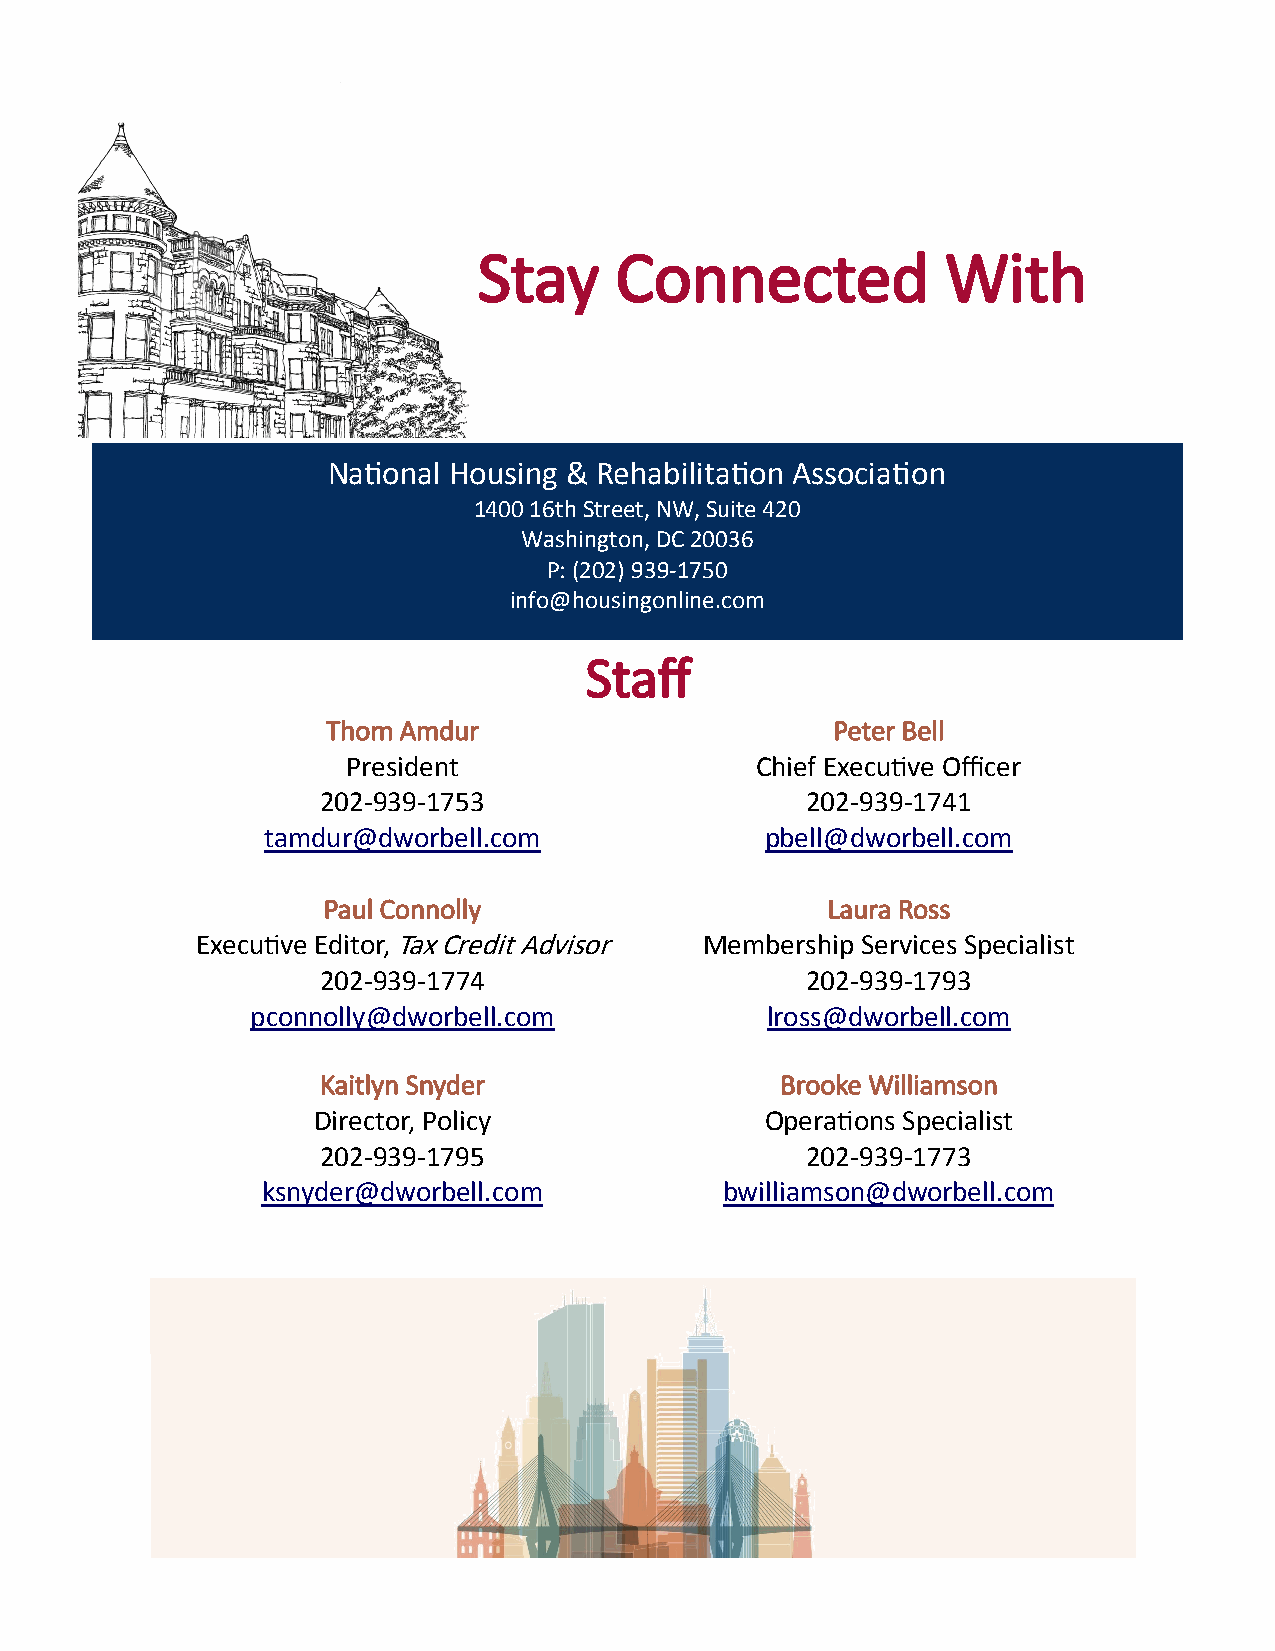
Stay     Connected             With
 National Housing & Rehabilitation Association
 1400 16th Street, NW, Suite 420
 Washington, DC 20036
 P: (202) 939-1750
 info@housingonline.com
 Staff
 Thom Amdur                       Peter Bell
 President                  Chief Executive Officer
 202-939-1753                    202-939-1741
 tamdur@dworbell.com               pbell@dworbell.com
 Paul Connolly                     Laura Ross
 Executive Editor, Tax Credit Advisor Membership Services Specialist
 202-939-1774                    202-939-1793
 pconnolly@dworbell.com            lross@dworbell.com
 Kaitlyn Snyder                 Brooke Williamson
 Director, Policy              Operations Specialist
 202-939-1795                    202-939-1773
 ksnyder@dworbell.com           bwilliamson@dworbell.com